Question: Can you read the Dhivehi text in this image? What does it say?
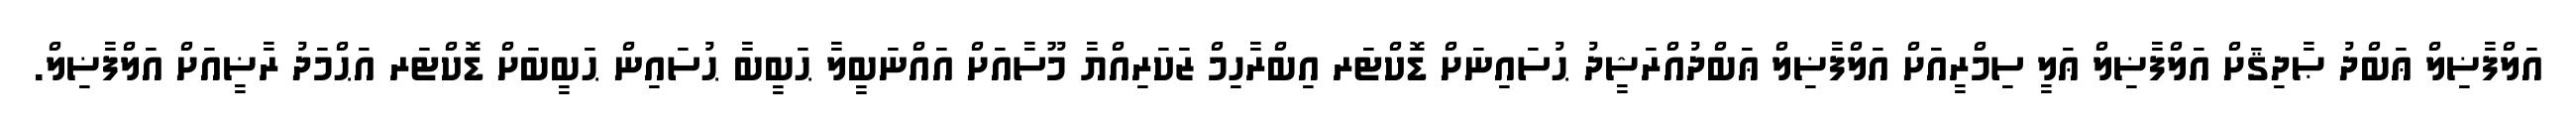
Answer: އަލްފާޟިލް ޢަބްދު ޞާދިޤަށް އަލްފާޟިލް ޢަލީ ސިމްރީއަށް އަލްފާޟިލް ޢަބްދުއްރަޝީދު ޙުސައިނަށް ޑޮކްޓަރ އިބްރާހިމް ޒަކަރިއްޔާ މޫސާއަށް އައްނަބީލާ ޙަބީބާ ޙުސައިން ޙަބީބަށް ޑޮކްޓަރ އަޙްމަދު ރާޟީއަށް އަލްފާޟިލް.